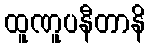
ထူဏူပနီတာနိ